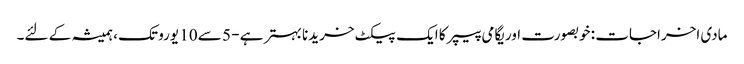
مادی اخراجات : خوبصورت اوریگامی پیپر کا ایک پیکٹ خریدنا بہتر ہے - 5 سے 10 یورو تک ، ہمیشہ کے لئے۔